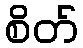
စိတ်